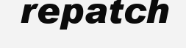
repatch